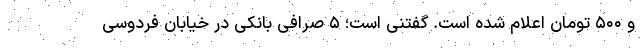
و ۵۰۰ تومان اعلام شده است. گفتنی است؛ ۵ صرافی بانکی در خیابان فردوسی